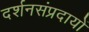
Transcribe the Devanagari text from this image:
दर्शनसंप्रदायों